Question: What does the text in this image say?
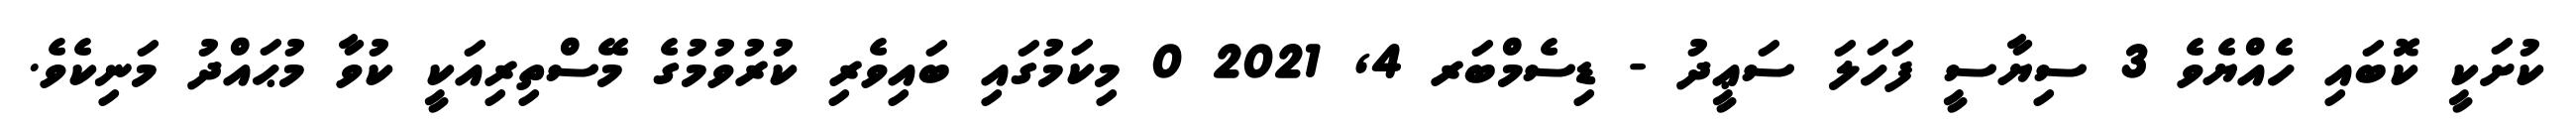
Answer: ކުށަކީ ކޮބައި ހެއްޔެވެ 3 ސިޔާސީ ފަހަލަ ސަޢީދު - ޑިސެމްބަރ 4, 2021 0 މިކަމުގައި ބައިވެރި ކުރުވުމުގެ މޭސްތިރިއަކީ ކުވާ މުޙައްދު މަނިކެވެ.